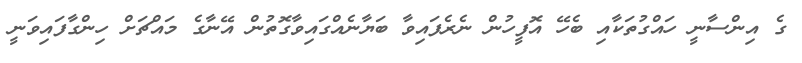
ގެ އިންސާނީ ހައްގުތަކާއި ބެހޭ އޮފީހުން ނެރެފައިވާ ބަޔާނެއްގައިވާގޮތުން އޭނާގެ މައްޗަށް ހިންގާފައިވަނީ